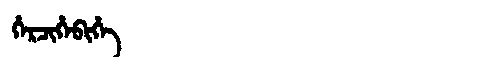
Manchu: ᡥᡝᡵᠴᡳᡥᡝᠪᡳᡥᡝ
Romanization: HERCIHEBIHE